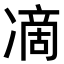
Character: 𭂞